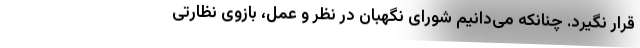
قرار نگیرد. چنانکه می‌دانیم شورای نگهبان در نظر و عمل، بازوی نظارتی